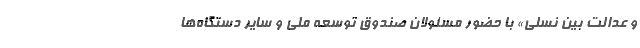
و عدالت بین نسلی» با حضور مسئولان صندوق توسعه ملی و سایر دستگاه‌ها